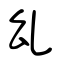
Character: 乣